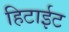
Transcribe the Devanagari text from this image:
हिटाईट